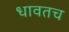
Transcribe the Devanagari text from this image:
धावतच